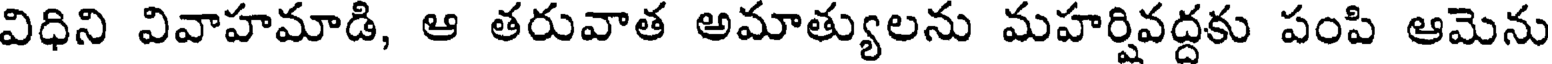
విధిని వివాహమాడి, ఆ తరువాత అమాత్యులను మహర్షివద్దకు పంపి ఆమెను